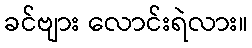
ခင်ဗျား လောင်းရဲလား။